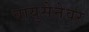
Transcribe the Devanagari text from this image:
वायुसेनेवर